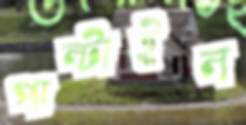
পাল্‌টাইল